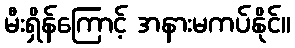
မီးရှိန်ကြောင့် အနားမကပ်နိုင်။